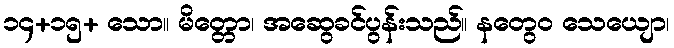
၁၄+၁၅+ သော။ မိတ္တော၊ အဆွေခင်ပွန်းသည်။ နတွေဝ သေယျော၊